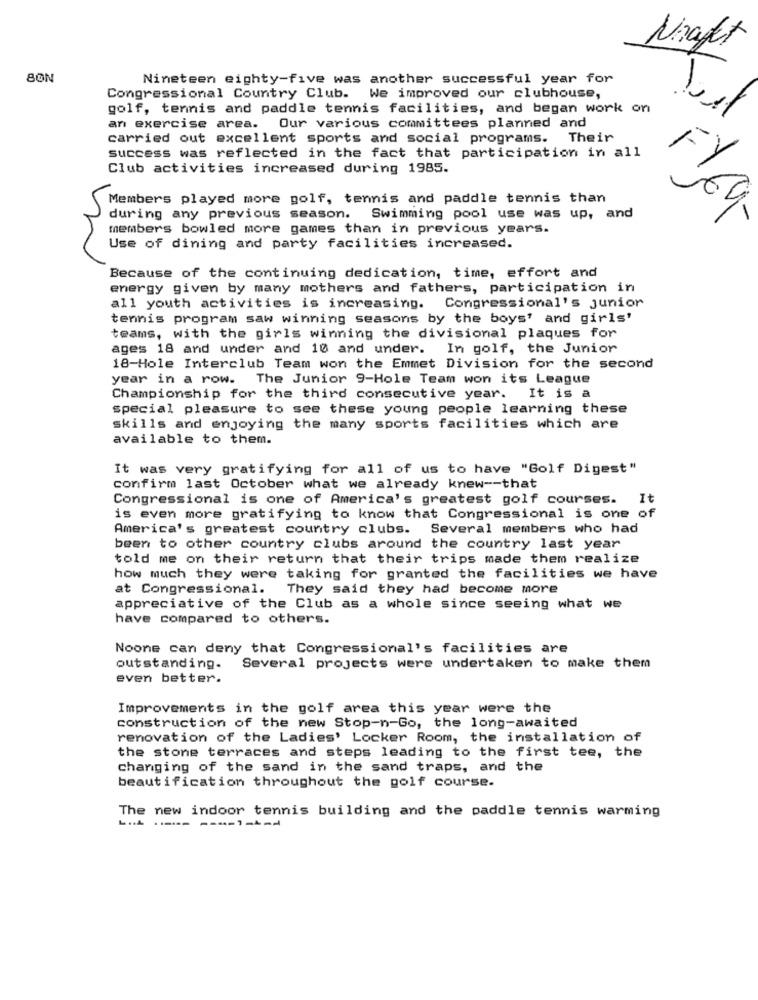
Kraft
80N
Nineteen eighty-five was another successful year for
Congressional Country Club. We improved our clubhouse,
golf, tennis and paddle tennis facilities, and began work on
an exercise area. Our various committees planned and
carried out excellent sports and social programs. Their
success was reflected in the fact that participation in all
Club activities increased during 1985.
Members played more golf, tennis and paddle tennis than
F169
69
during any previous season. Swimming pool use was up, and
members bowled more games than in previous years.
Use of dining and party facilities increased.
Because of the continuing dedication, time, effort and
energy given by many mothers and fathers, participation in
all youth activities is increasing.
Congressional's junior
tennis program saw winning seasons by the boys and girls'
teams, with the girls winning the divisional plaques for
ages 18 and under and 10 and under. In golf, the Junior
18-Hole Interclub Team won the Emmet Division for the second
year in a row.
The Junior 9-Hole Team won its League
Championship for the third consecutive year. It is a
special pleasure to see these young people learning these
skills and enjoying the many sports facilities which are
available to them.
It was very gratifying for all of us to have "Golf Digest"
confirm last October what we already knew -- that
Congressional is one of America's greatest golf courses.
It
is even more gratifying to know that Congressional is one of
America's greatest country clubs. Several members who had
been to other country clubs around the country last year
told me on their return that their trips made them realize
how much they were taking for granted the facilities we have
at Congressional.
They said they had become more
appreciative of the Club as a whole since seeing what we
have compared to others.
Noone can deny that Congressional's facilities are
outstanding.
Several projects were undertaken to make them
even better.
Improvements in the golf area this year were the
construction of the new Stop-n-Go, the long-awaited
renovation of the Ladies' Locker Room, the installation of
the stone terraces and steps leading to the first tee, the
changing of the sand in the sand traps, and the
beautification throughout the golf course.
The new indoor tennis building and the paddle tennis warming